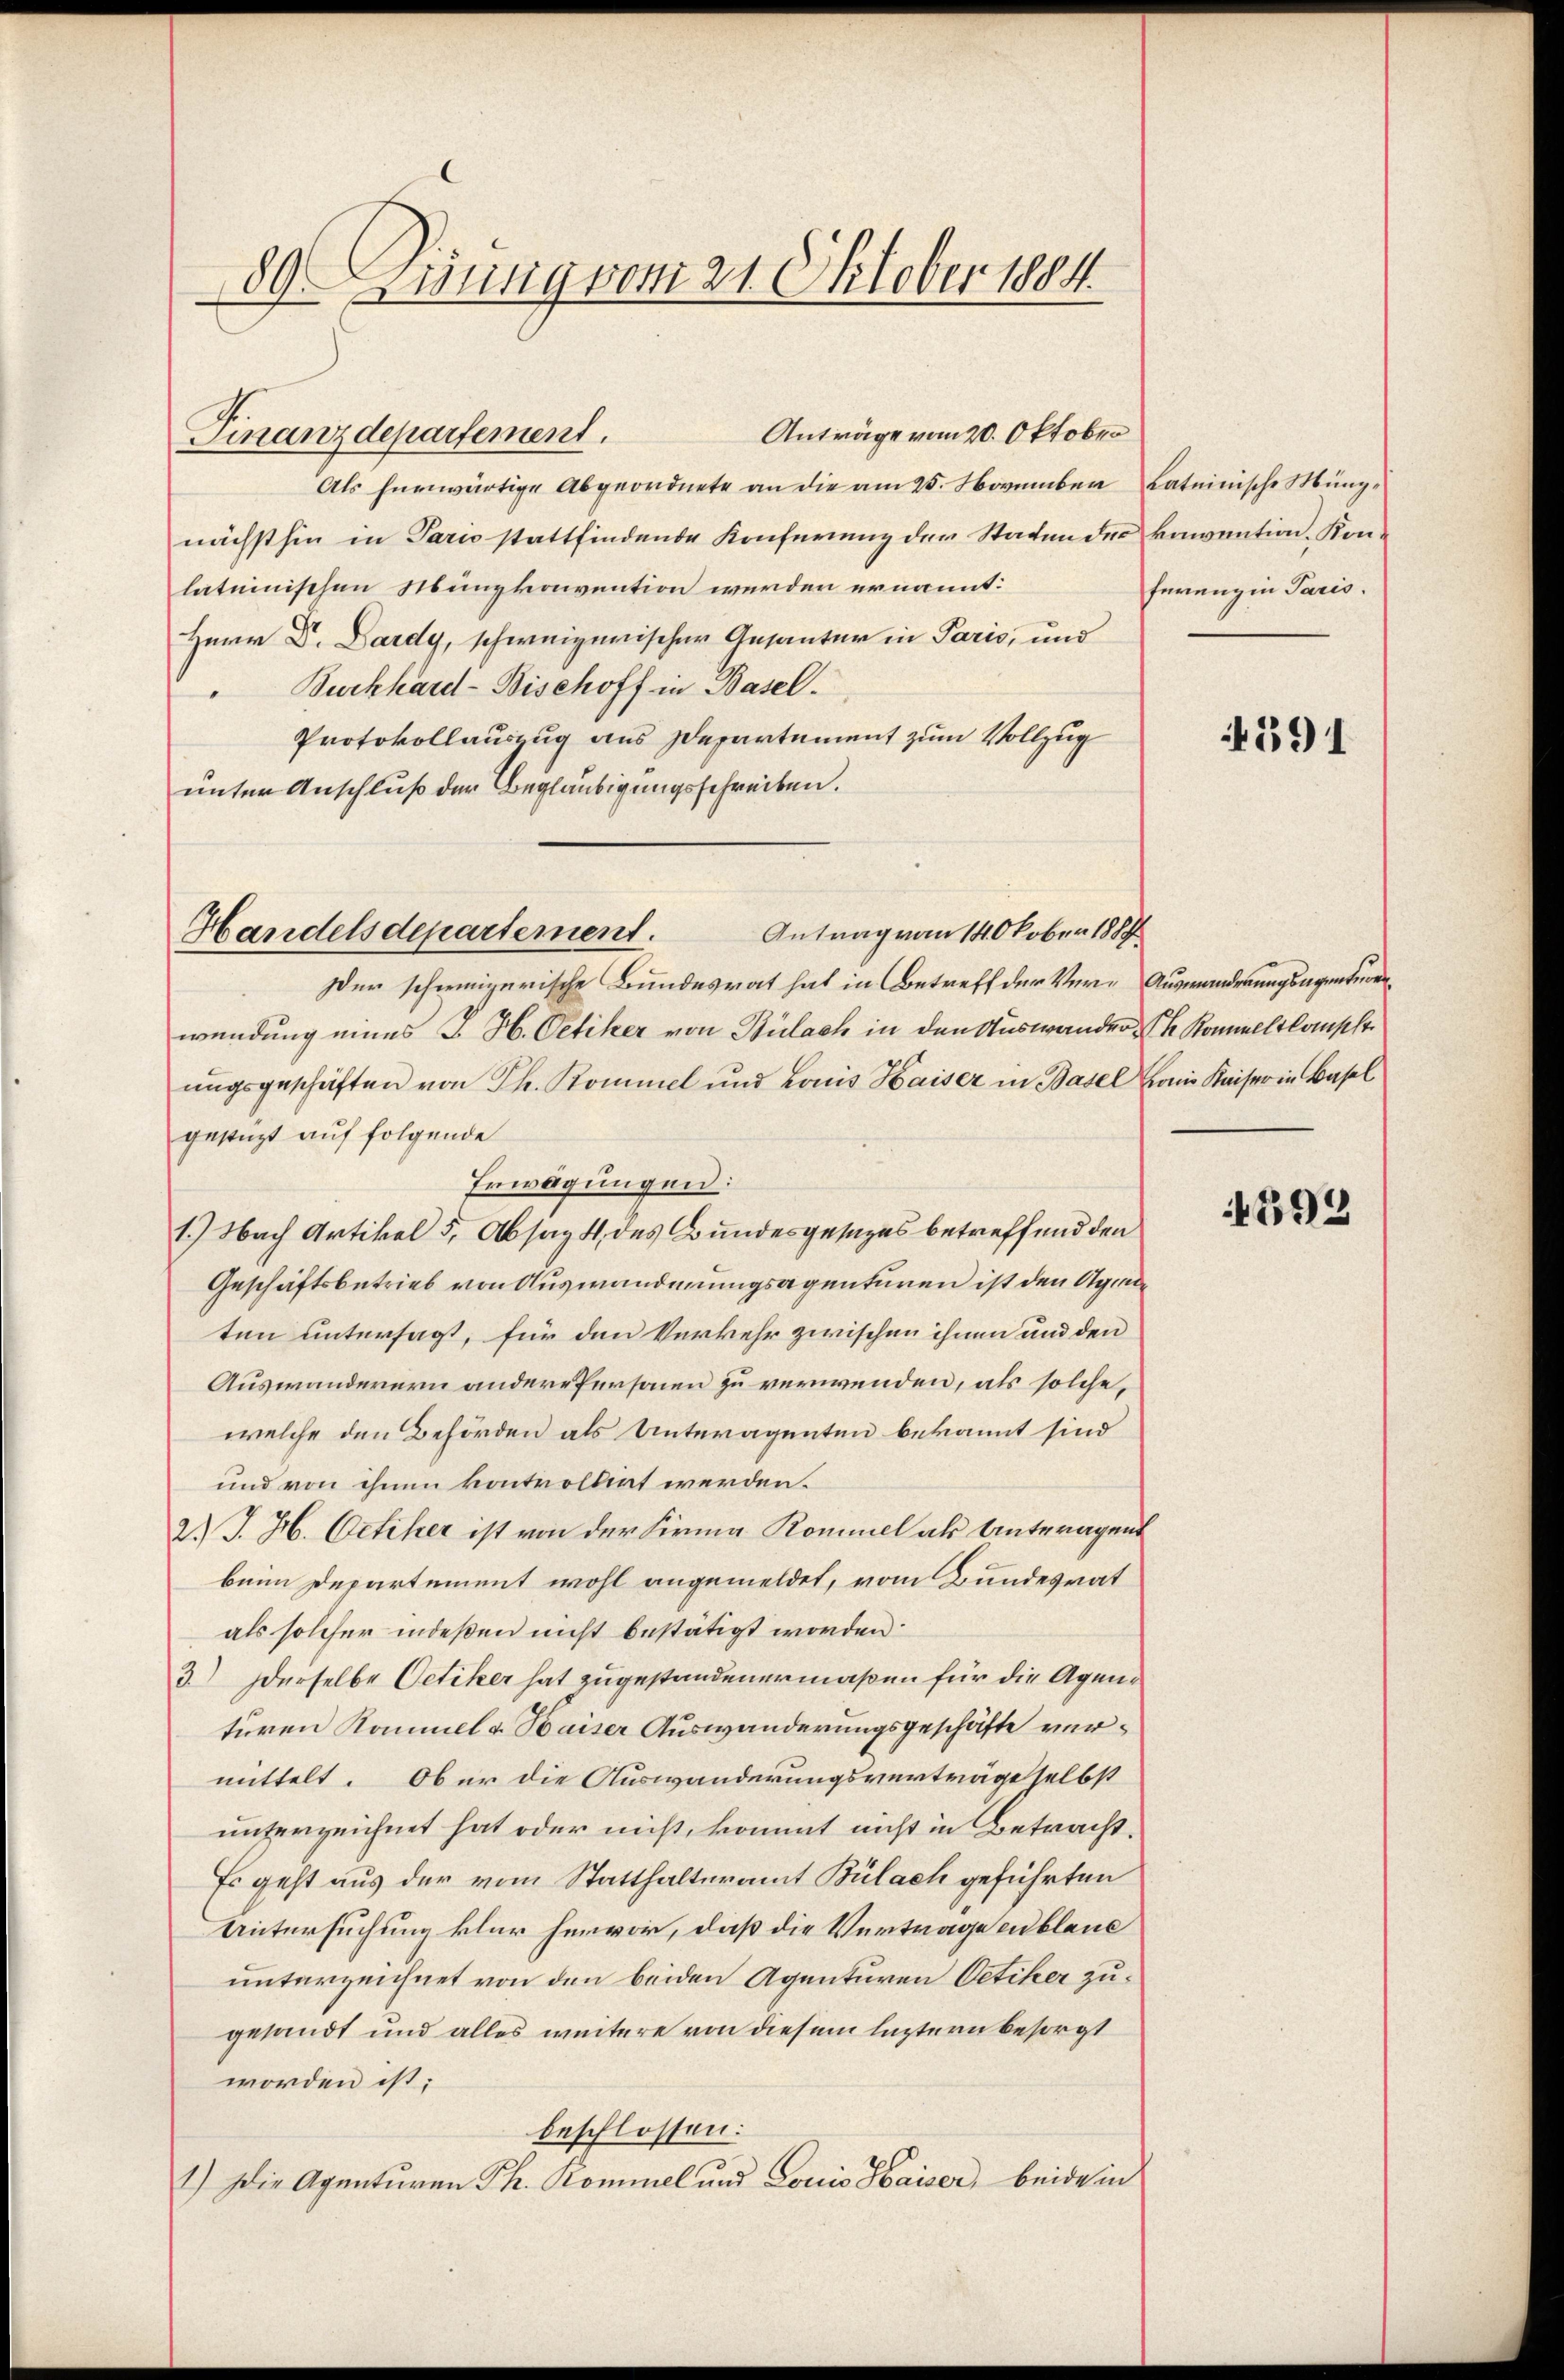
89. Zinnig vom 21. Oktober 1884

Finanzdepartement.

Anträge vom 20. Oktober
Als herwärtige Abgeordnete an die am 25. November Lateinische Müngnächsthin in Paris stattfindende Konferenz der Staten des konvention. Konlateinischen Nunzkonvention werden ernannt:
Herr Dr. Dardy, schweizerischer Gesanter in Paris, und
Burkhard-Bischoff in Basel.
Protokollauszug aus Departement zum Vollzug
unter Anschluß der Beglaubigungsschreiben.
Der schweizerische Bundesrat hat in Betreff der Ver-Auswanderungsagentienwendung eines J. H. Oetiker von Bülach in den Auswander Konnellkansche
ungsgeschäften von Ph. Kommel und konis Kaiser in Basel kam Kaiser in Basel
gestüzt auf folgende
Erwägungen:
1.) Nach Artikel 5, Absag 4. des Bundesgesezes betreffend den
Geschäftsbetrieb von Auswanderungsagenturen ist den Agne
ten untersagt, für den Verkehr zwischen ihnen und den
Auswanderern andere Personen zu verwenden, als solche,
welche den Behörden als Unteragenten bekannt sind
und von ihnen kontrollirt werden.
2.) J. H. Oetiker ist von der Firma Kommel als Unteragent
beim Departement wohl angemeldet, vom Bundesrat
als solcher indeßen nicht bestätigt worden.
3.) Derselbe Oetiker hat zugestandenermaßen für die Agenturen Kommel u. Kaiser Auswanderungsgeschäfte vermittelt. Ober die Auswanderungsverträge selbst
unterzeichnet hat oder nicht, kommt nicht in Betracht.
Es geht aus der vom Statthalteramt Bülach geführten
Untersuchung klar hervor, daß die Vertrage cublaue
unterzeichnet von den beiden Agenturen Oetiker zugesandt und alles weitere von diesem leztern besorgt
worden ist;
beschlossen:
1.) Die Agenturen Ph. Kominel und Louis Haiser, beide in

Handelsdepartement. Antrag von 14 Okober 1889

ferenz in Paris.

4391

4593